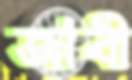
জাবী